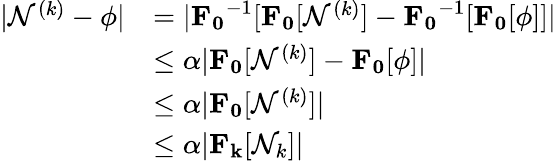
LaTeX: \begin{array}{rl}{|\mathcal{N}^{(k)}-\phi|}&{=|\mathbf{F_{0}}^{-1}[\mathbf{F_{0}}[\mathcal{N}^{(k)}]-\mathbf{F_{0}}^{-1}[\mathbf{F_{0}}[\phi]]|}\\ &{\leq\alpha|\mathbf{F_{0}}[\mathcal{N}^{(k)}]-\mathbf{F_{0}}[\phi]|}\\ &{\leq\alpha|\mathbf{F_{0}}[\mathcal{N}^{(k)}]|}\\ &{\leq\alpha|\mathbf{F_{k}}[\mathcal{N}_{k}]|}\end{array}